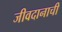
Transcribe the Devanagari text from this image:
जीवदानाची